Calcutta medical institutions reports 1892-1900
Year: 1892
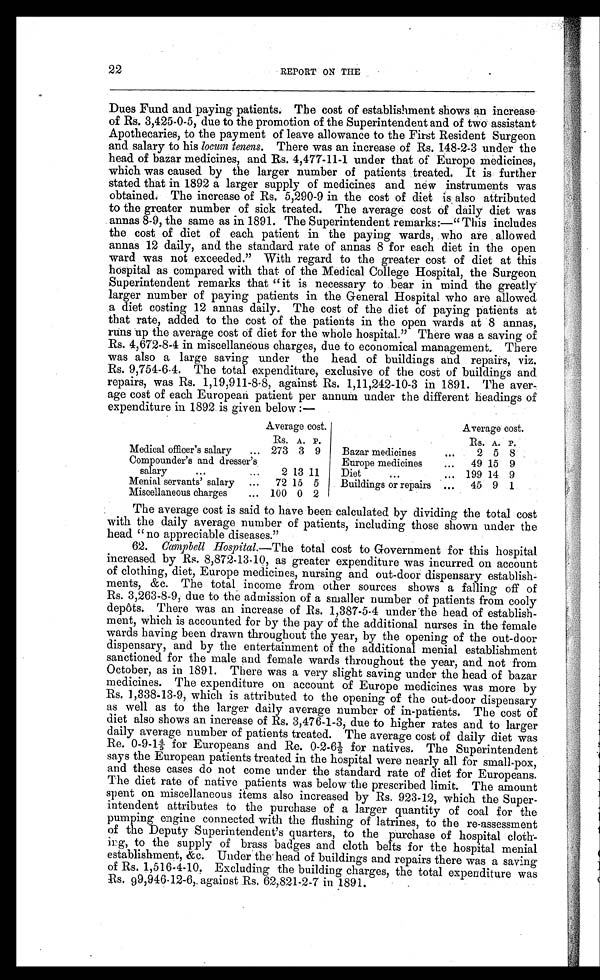
22
REPORT ON THE
Dues Fund and paying patients. The cost of establishment shows an increase
of Rs. 3,425-0-5, due to the promotion of the Superintendent and of two assistant
Apothecaries, to the payment of leave allowance to the First Resident Surgeon
and salary to his locum tenens. There was an increase of Rs. 148-2-3 under the
head of bazar medicines, and Rs. 4,477-11-1 under that of Europe medicines,
which was caused by the larger number of patients treated. It is further
stated that in 1892 a larger supply of medicines and new instruments was
obtained. The increase of Rs. 5,290-9 in the cost of diet is also attributed
to the greater number of sick treated. The average cost of daily diet was
annas 8-9, the same as in 1891. The Superintendent remarks:—" This includes
the cost of diet of each patient in the paying wards, who are allowed
annas 12 daily, and the standard rate of annas 8 for each diet in the open
ward was not exceeded." With regard to the greater cost of diet at this
hospital as compared with that of the Medical College Hospital, the Surgeon
Superintendent remarks that " it is necessary to bear in mind the greatly
larger number of paying patients in the General Hospital who are allowed
a diet costing 12 annas daily. The cost of the diet of paying patients at
that rate, added to the cost of the patients in the open wards at 8 annas,
runs up the average cost of diet for the whole hospital." There was a saving of
Rs. 4,672-8-4 in miscellaneous charges, due to economical management. There
was also a large saving under the head of buildings and repairs, viz.
Rs. 9,754-6-4. The total expenditure, exclusive of the cost of buildings and
repairs, was Rs. 1,19,911-8-8, against Rs. 1,11,242-10-3 in 1891. The aver-
age cost of each European patient per annum under the different headings of
expenditure in 1892 is given below :—
Average cost.
Average cost.
Rs. A. P.
Rs. A. P.
Medical officer's salary
... 273 3 9
Bazar medicines
. . .
2 5 8
Compounder's and dresser's
Europe medicines
. . .
49 15 9
salary
. . .
...
2 13 11
Diet
. . .
. . . 199 14 9
Menial servants' salary
...
72 15 5
Buildings or repairs
...
45 9 1
Miscellaneous charges
...
100 0 2
The average cost is said to have been calculated by dividing the total cost
with the daily average number of patients, including those shown under the
head " no appreciable diseases."
62. Campbell Hospital. —The total cost to Government for this hospital
increased by Rs. 8,872-13-10, as greater expenditure was incurred on account
of clothing, diet, Europe medicines, nursing and out-door dispensary establish-
ments, &c. The total income from other sources shows a falling off of
Rs. 3,263-8-9, due to the admission of a smaller number of patients from cooly
depôts. There was an increase of Rs. 1,387-5-4 under the head of establish-
ment, which is accounted for by the pay of the additional nurses in the female
wards having been drawn throughout the year, by the opening of the out-door
dispensary, and by the entertainment of the additional menial establishment
sanctioned for the male and female wards throughout the year, and not from
October, as in 1891. There was a very slight saving under the head of bazar
medicines. The expenditure on account of Europe medicines was more by
Rs. 1,338-13-9, which is attributed to the opening of the out-door dispensary
as well as to the larger daily average number of in-patients. The cost of
diet also shows an increase of Rs. 3,476-1-3, due to higher rates and to larger
daily average number of patients treated. The average cost of daily diet was
R e . 0 - 9 - 1 4 / 5 f o r E u r o p e a n s a n d R e . 0 - 2 - 6 ½ f o r n a t i v e s . T h e S u p e r i n t e n d e n t
says the European patients treated in the hospital were nearly all for small-pox,
and these cases do not come under the standard rate of diet for Europeans.
The diet rate of native patients was below the prescribed limit. The amount
spent on miscellaneous items also increased by Rs. 923-12, which the Super-
intendent attributes to the purchase of a larger quantity of coal for the
pumping engine connected with the flushing of latrines, to the re-assessment
of the Deputy Superintendent's quarters, to the purchase of hospital cloth-
ing, to the supply of brass badges and cloth belts for the hospital menial
establishment, &c. Under the head of buildings and repairs there was a saving
of Rs. 1,516-4-10. Excluding the building charges, the total expenditure was
Rs. 99,946-12-6, against Rs. 62,821-2-7 in 1891.